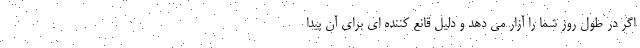
اگر در طول روز شما را آزار می دهد و دلیل قانع کننده ای برای آن پیدا